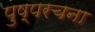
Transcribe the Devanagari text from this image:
पुष्परचना